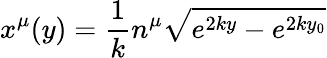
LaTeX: x^{\mu}(y)={\frac{1}{k}}n^{\mu}\sqrt{e^{2ky}-e^{2ky_{0}}}